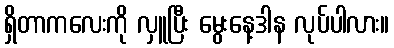
ရှိတာကလေးကို လှူပြီး မွေးနေ့ဒါန လုပ်ပါလား။